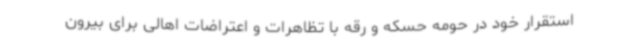
استقرار خود در حومه حسکه و رقه با تظاهرات و اعتراضات اهالی برای بیرون